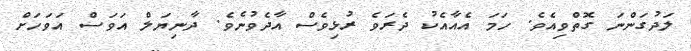
ލަދުގަންނަ ގޮތްވިއެވެ. ހަމަ އެއާއެކު ދެރަވެ ރުޅިވެސް އާދެވުނެވެ. ދާނިޔަލް އަވަސް އަވަހަށް